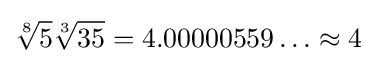
{\sqrt[{8}]{5}}{\sqrt[{3}]{35}}=4.00000559\ldots \approx 4